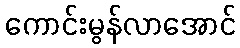
ကောင်းမွန်လာအောင်